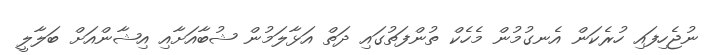
ނުޖެހިފައި ހުރެކަން އެނގުމުން މެހެކް ތުންފަތުގައި ދަތް އަޅާލަމުން ޝުބާއަށާއި އިޝާންއަށް ބަލާލީ